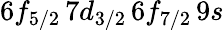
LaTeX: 6f_{5/2}\, 7d_{3/2}\, 6f_{7/2}\, 9s